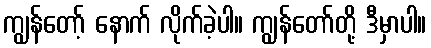
ကျွန်တော့် နောက် လိုက်ခဲ့ပါ။ ကျွန်တော်တို့ ဒီမှာပါ။